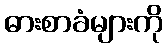
ဓားစာခံများကို